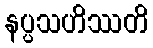
နပ္ပသဟိဿတိ